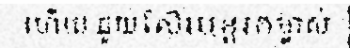
ហើយ.ជួយស៊ែរបន្តរកម្ចាស់